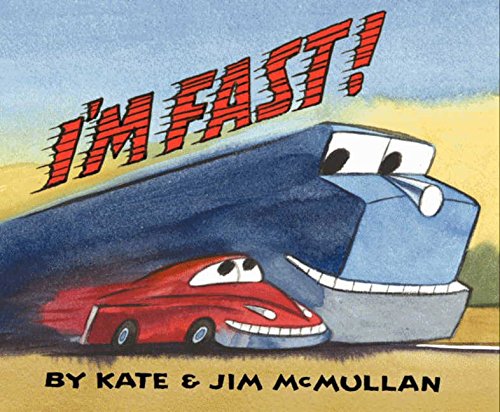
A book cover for I'm Fast!; Kate McMullan; Children's Books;